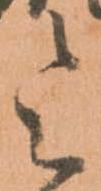
令